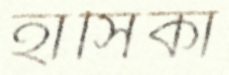
হাসিকা